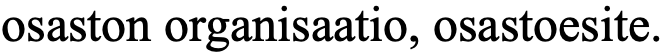
osaston organisaatio, osastoesite.